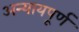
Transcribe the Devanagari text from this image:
अन्‍यायपूर्ण